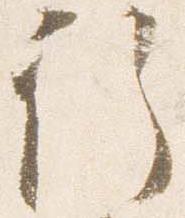
行